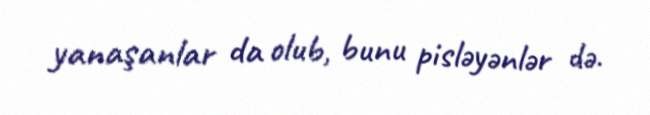
yanaşanlar da olub, bunu pisləyənlər də.